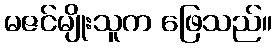
မဇင်မျိုးသူက ဖြေသည်။